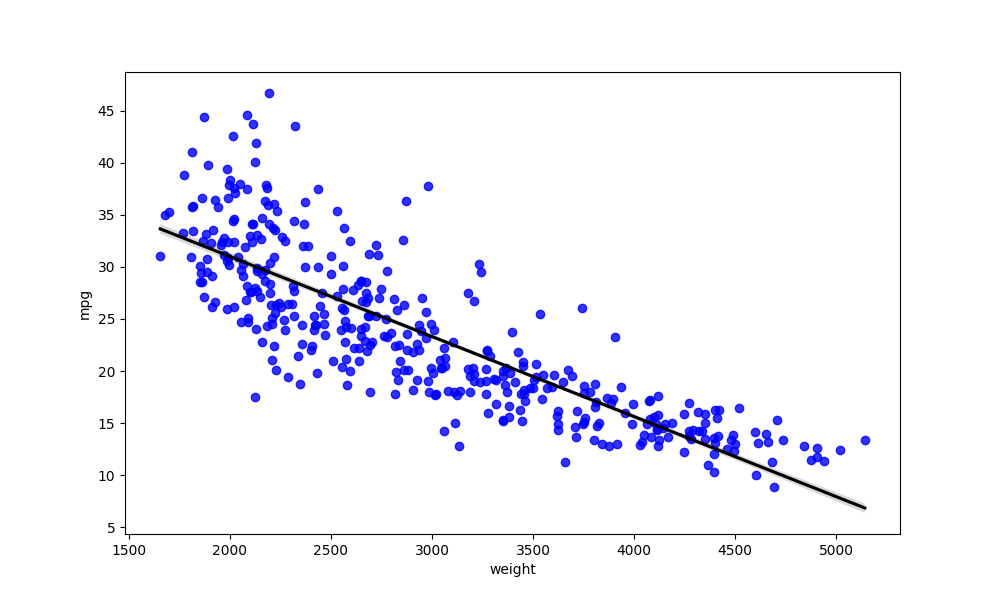
python, seaborn, regplot, order=1, ci=68, scatter_color=blue, line_color=black